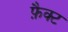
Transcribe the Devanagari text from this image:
फ़ैक्ट